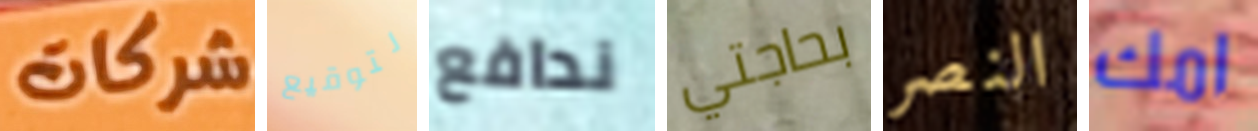
شركات لتوقيع ندافع بحاجتي النصر امك